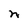
Character: n